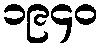
၁၉၄၀